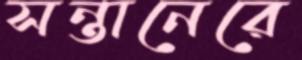
সন্তানেরে